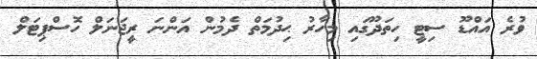
ވުރެ އައްޑޫ ސިޓީ ހިތަދޫގައި މިހާރު ޙިދުމަތް ދެމުން އަންނަ ރީޖަނަލް ހޮސްޕިޓަލް